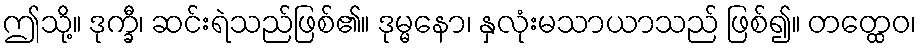
ဤသို့။ ဒုက္ခီ၊ ဆင်းရဲသည်ဖြစ်၏။ ဒုမ္မနော၊ နှလုံးမသာယာသည် ဖြစ်၍။ တတ္ထေဝ၊